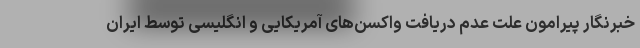
خبرنگار پیرامون علت عدم دریافت واکسن‌های آمریکایی و انگلیسی توسط ایران